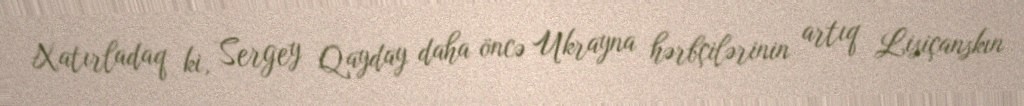
Xatırladaq ki, Sergey Qayday daha öncə Ukrayna hərbçilərinin artıq Lisiçanskın